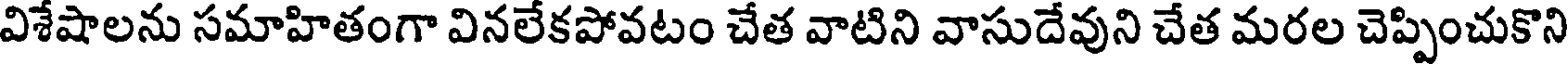
విశేషాలను సమాహితంగా వినలేకపోవటం చేత వాటిని వాసుదేవుని చేత మరల చెప్పించుకొని